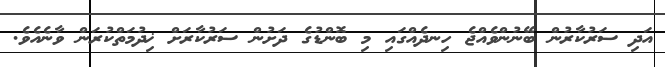
އަދި ސަރުކާރުން ބޭނުންވެއްޖެ ހިނދެއްގައި މި ބޮންޑުގެ ދަށުން ސަރުކާރަށް ޚިދުމަތްކުރަން ވާނެއެވެ.